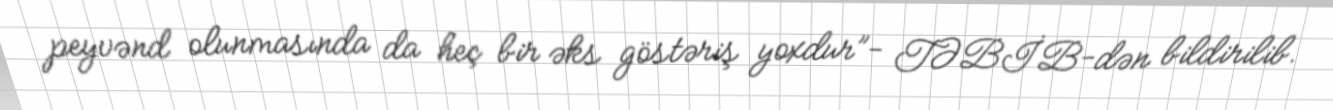
peyvənd olunmasında da heç bir əks göstəriş yoxdur”- TƏBİB-dən bildirilib.